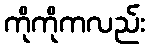
ကိုကိုကလည်း